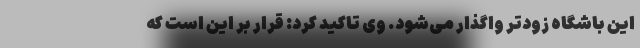
این باشگاه زودتر واگذار می‌شود. وی تاکید کرد: قرار بر این است که